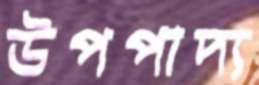
উপপাদ্য